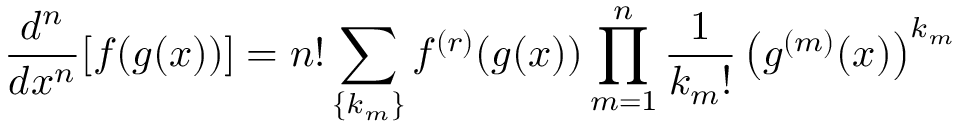
{ \frac { d ^ { n } } { d x ^ { n } } } [ f ( g ( x ) ) ] = n ! \sum _ { \{ k _ { m } \} } ^ { } f ^ { ( r ) } ( g ( x ) ) \prod _ { m = 1 } ^ { n } { \frac { 1 } { k _ { m } ! } } \left( g ^ { ( m ) } ( x ) \right) ^ { k _ { m } }